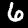
Digit: 6